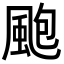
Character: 颮